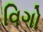
વિગો